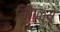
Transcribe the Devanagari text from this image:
निगळ्ये